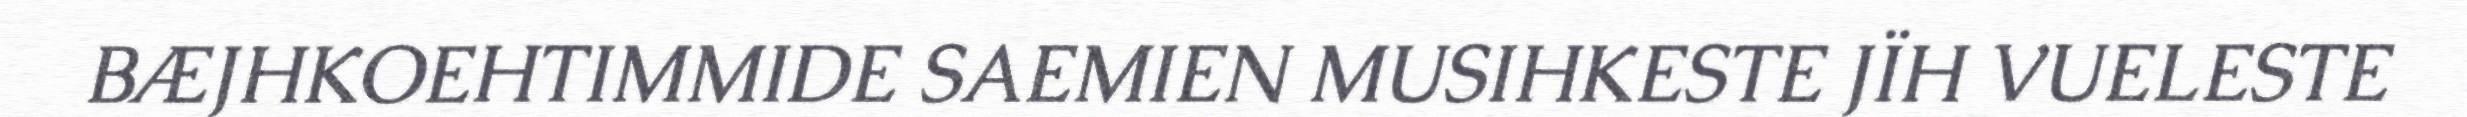
BÆJHKOEHTIMMIDE SAEMIEN MUSIHKESTE JÏH VUELESTE